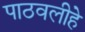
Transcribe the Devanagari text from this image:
पाठवलीहे